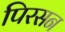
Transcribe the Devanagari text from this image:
पिरसन